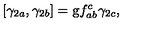
\left[ \gamma _ { 2 a } , \gamma _ { 2 b } \right] = \mathrm { g } f _ { a b } ^ { c } \gamma _ { 2 c } ,